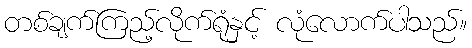
တစ်ချက်ကြည့်လိုက်ရုံနှင့် လုံလောက်ပါသည်။